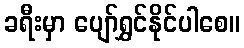
ခရီးမှာ ပျော်ရွှင်နိုင်ပါစေ။